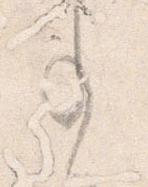
事